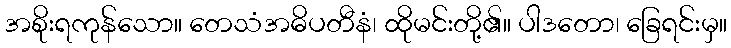
အစိုးရကုန်သော။ တေသံအဓိပတီနံ၊ ထိုမင်းတို့၏။ ပါဒတော၊ ခြေရင်းမှ။